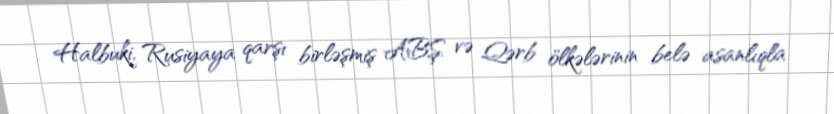
Halbuki, Rusiyaya qarşı birləşmiş ABŞ və Qərb ölkələrinin belə asanlıqla